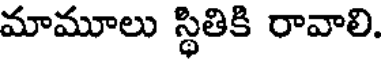
మామూలు స్థితికి రావాలి.